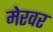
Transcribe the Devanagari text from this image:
मेरवर